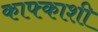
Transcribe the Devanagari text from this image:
काफ्काशी